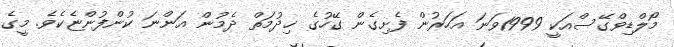
މޯލްޑިވްގޭސްއަކީ 1999ވަނަ އަހަރުން ފެށިގެން ގޭހުގެ ޚިދުމަތް ދެމުން އަންނަ ކުންފުންޏެކެވެ. މީގެ